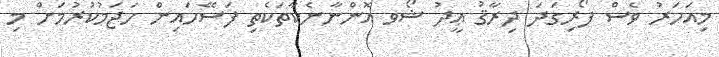
މިއަހަރު ވެސް ފޯރިގަދަ ދިރާޤު ޢީދު ޝޯވ އޮންނާނެކާތަކެތި ފަސޭހައިން ހަޖަމުކުރުމަށް މި